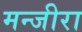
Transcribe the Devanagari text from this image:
मन्जीरा